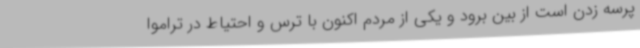
پرسه زدن است از بین برود و یکی از مردم اکنون با ترس و احتیاط در تراموا